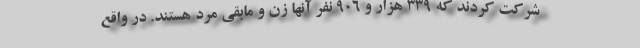
شرکت کردند که ۳۳۹ هزار و ۹۰۶ نفر آنها زن و مابقی مرد هستند. در واقع